Vaccination in the Punjab 1897-1904 - 1897-1904
Year: 1897
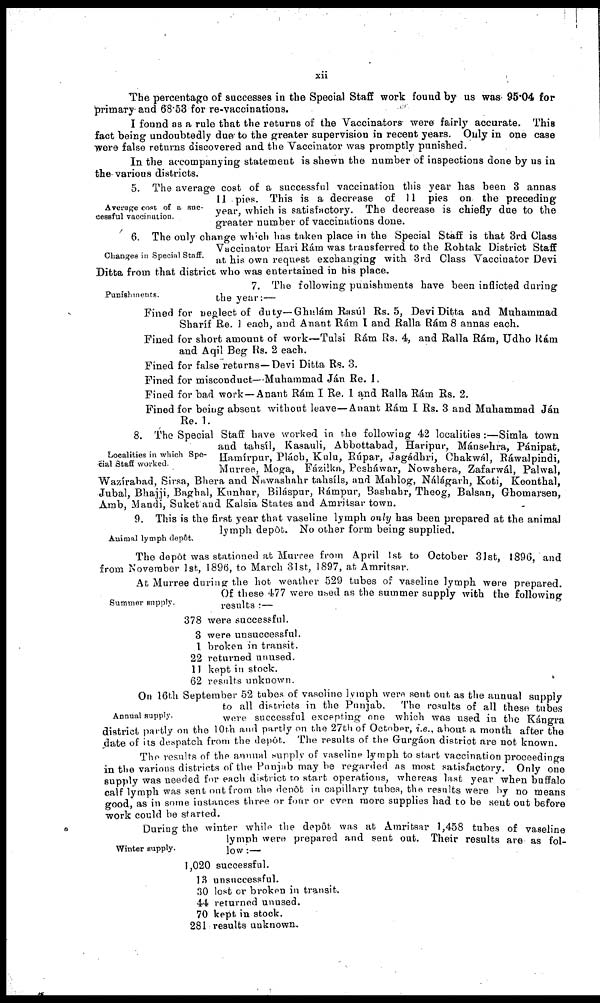
xii
The percentage of successes in the Special Staff work found by us was 95.04 for
primary and 68.53 for re-vaccinations.
I found as a rule that the returns of the Vaccinators were fairly accurate. This
fact being undoubtedly due to the greater supervision in recent years. Only in one case
were false returns discovered and the Vaccinator was promptly punished.
In the accompanying statement is shewn the number of inspections done by us in
the various districts.
Average cost of a suc-
cessful vaccination.
5. The average cost of a successful vaccination this year has been 3 annas
11 pies. This is a decrease of 11 pies on the preceding
year, which is satisfactory. The decrease is chiefly due to the
greater number of vaccinations done.
Changes in Special Staff.
6. The only change which has taken place in the Special Staff is that 3rd Class
Vaccinator Hari Rám was transferred to the Rohtak District Staff
at his own request exchanging with 3rd Class Vaccinator Devi
Ditta from that district who was entertained in his place.
Punishmeuts.
7. The following punishments have been inflicted during
the year:—
Fined for neglect of duty—Ghulám Rasúl Rs. 5, Devi Ditta and Muhammad
Sharif Re. 1 each, and Anant Rám I and Ralla Rám 8 annas each.
Fined for short amount of work—Tulsi Rám Rs. 4, and Ralla Rám, Udho Rám
and Aqil Beg Rs. 2 each.
Fined for false returns—Devi Ditta Rs. 3.
Fined for misconduct—Muhammad Ján Re. 1.
Fined for bad work—Anant Rám I Re. 1 and Ralla Rám Rs. 2.
Fined for being absent without leave—Anant Rám I Rs. 3 and Muhammad Jan
Re. 1.
Localities in which Spe-
cial Staff worked.
8. The Special Staff have worked in the following 42 localities :—Simla town
and tahsíl, Kasauli, Abbottabad, Haripur, Mánsehra, Pánipat,
Hamírpur, Plách, Kulu, Rúpar, Jagádhri, Chakwál, Ráwalpindi,
Murree, Moga, Fázilka, Pesháwar, Nowshera, Zafarwál, Palwal,
Wazírabad, Sirsa, Bhera and Nawashahr tahsíls, and Mahlog, Nálágarh, Koti, Keonthal,
Jubal, Bhajji, Baghal, Kunhar, Biláspur, Rámpur, Bashahr, Theog, Balsan, Ghomarsen,
Amb, Mandi, Suket and Kalsia States and Amritsar town.
Animal lymph depôt.
9. This is the first year that vaseline lymph only has been prepared at the animal
lymph depôt. No other form being supplied.
The depôt was stationed at Murree from April 1st to October 31st, 1896, and
from November 1st, 1896, to March 31st, 1897, at Amritsar.
Summer supply.
At Murree during the hot weather 529 tubes of vaseline lymph were prepared.
Of these 477 were used as the summer supply with the following
results :—
378 were successful.
3 were unsuccessful.
1 broken in transit.
22 returned unused.
11 kept in stock.
62 results unknown.
Annual supply.
On 16th September 52 tubes of vaseline lymph. were sent out as the annual supply
to all districts in the Punjab.
The results of all these tubes
were successful excepting one which was used in the Kángra
district partly on the 10th and partly on the 27th of October, i.e., about a month after the
date of its despatch from the depôt. The results of the Gurgáon district are not known.
The results of the annual supply of vaseline lymph to start vaccination proceedings
in the various districts of the Punjab may be regarded as most satisfactory. Only one
supply was needed for each district to start operations, whereas last year when buffalo
calf lymph was sent out from the depôt in capillary tubes, the results were by no means
good, as in some instances three or four or even more supplies had to be sent out before
work could be started.
Winter supply.
During the winter while the depôt was at Amritsar 1,458 tubes of vaseline
lymph were prepared and sent out. Their results are as fol-
low :—
1,020 successful.
13 unsuccessful.
30 lost or broken in transit.
44 returned unused.
70 kept in stock.
281 results unknown.